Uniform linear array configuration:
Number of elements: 64
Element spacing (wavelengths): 0.25
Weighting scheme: blackman
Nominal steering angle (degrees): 0
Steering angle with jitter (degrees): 1.037
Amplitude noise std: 0.05
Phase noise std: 0.05

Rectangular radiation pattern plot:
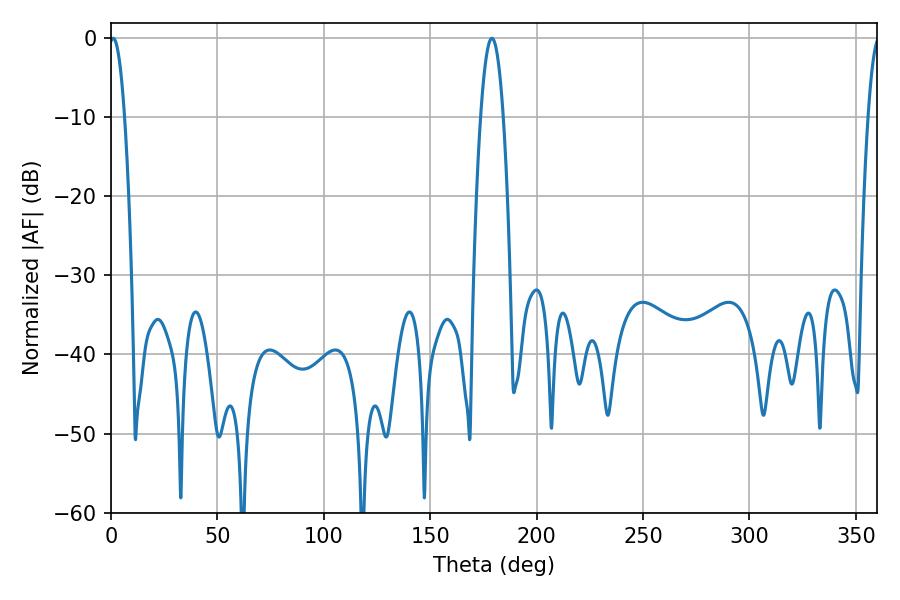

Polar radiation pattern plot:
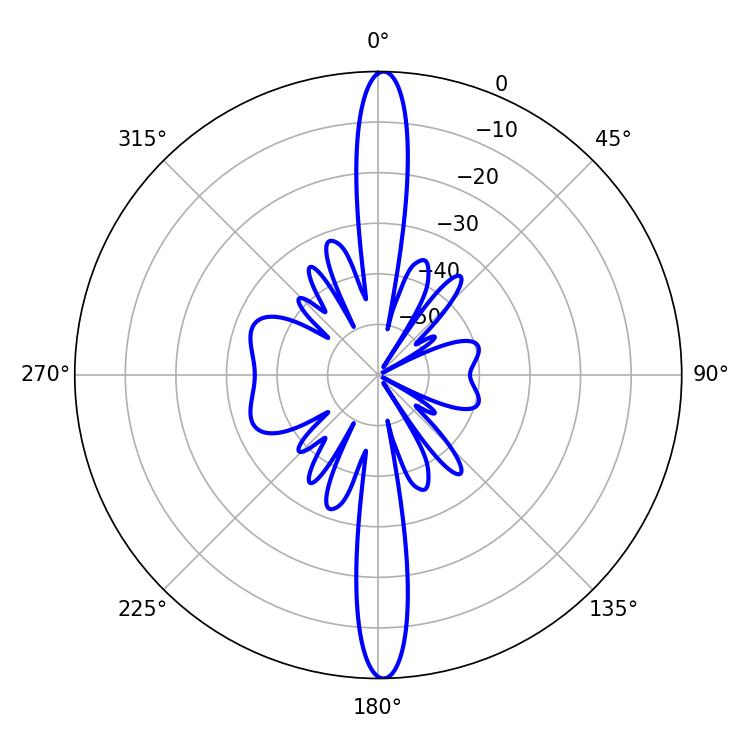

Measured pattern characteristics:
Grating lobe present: FALSE
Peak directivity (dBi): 27.449
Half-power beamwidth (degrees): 3.96
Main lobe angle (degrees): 1.08